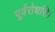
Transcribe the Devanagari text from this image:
पूर्वरोधसि।